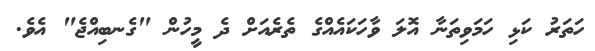
ހަތަރު ކަޅި ހަމަވިތަނާ އޮލަ ވާހަކައެއްގެ ތެރެއަށް ދެ މީހުން "ގެނބިއްޖެ" އެވެ.